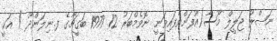
ނަޞްރު ޖަލީލް މޫސާ(އުފަންވެފައިވަނީ ނޮވެމްބަރު 12 1977 ބަގީޗާގެ ފ.ނިލަންދޫ ) އަކީ